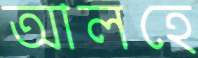
আলহে